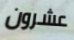
عشرون